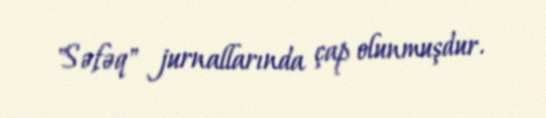
"Səfəq" jurnallarında çap olunmuşdur.